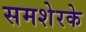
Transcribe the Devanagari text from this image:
समशेरके